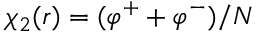
\chi _ { 2 } ( r ) = ( \varphi ^ { + } + \varphi ^ { - } ) / N